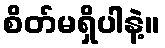
စိတ်မရှိပါနဲ့။